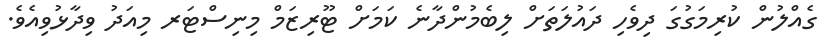
ގެއްލުން ކުރިމަގުގަ ދިވެހި ދައުލަތަށް ލިބެމުންދާނެ ކަމަށް ޓޫރިޒަމް މިނިސްޓަރ މިއަދު ވިދާޅުވިއެވެ.